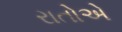
રાતોએ